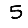
Digit: 5